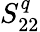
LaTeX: S_{22}^{q}